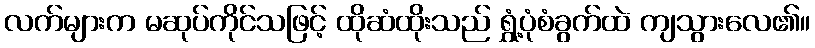
လက်များက မဆုပ်ကိုင်သဖြင့် ထိုဆံထိုးသည် ရွှံ့ပုံစံခွက်ထဲ ကျသွားလေ၏။